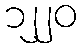
၁၂၂၀